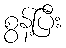
စွန့်ပြီး